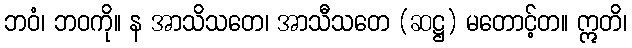
ဘဝံ၊ ဘဝကို။ န အာသိသတေ၊ အာသီသတေ (ဆဋ္ဌ) မတောင့်တ။ ဣတိ၊